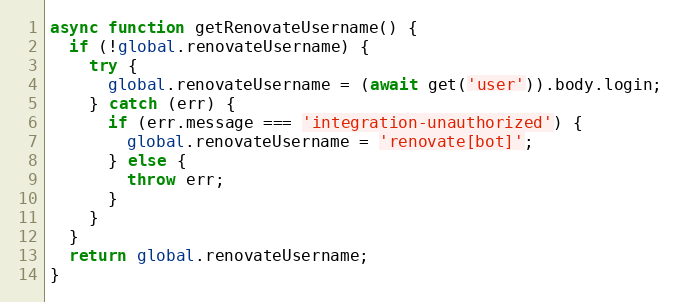
Language: JavaScript
async function getRenovateUsername() {
  if (!global.renovateUsername) {
    try {
      global.renovateUsername = (await get('user')).body.login;
    } catch (err) {
      if (err.message === 'integration-unauthorized') {
        global.renovateUsername = 'renovate[bot]';
      } else {
        throw err;
      }
    }
  }
  return global.renovateUsername;
}